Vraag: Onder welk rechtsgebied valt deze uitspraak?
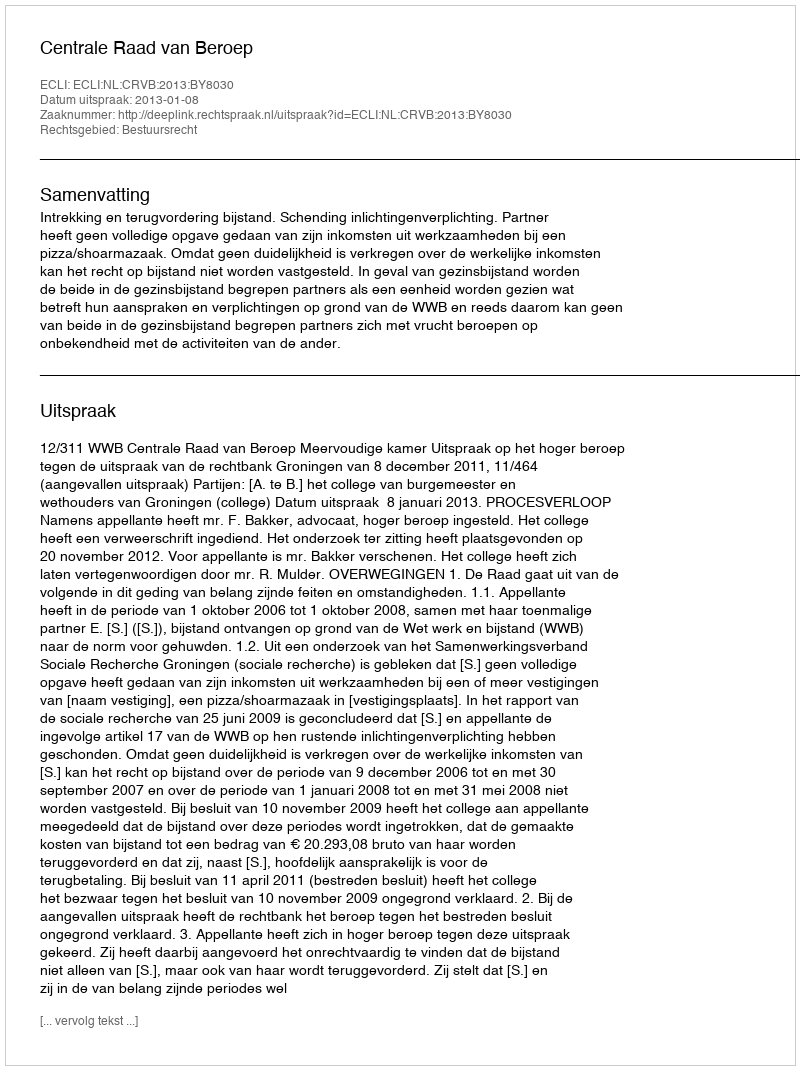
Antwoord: Bestuursrecht